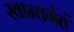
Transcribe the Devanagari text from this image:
स्वान्तर्गतं